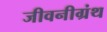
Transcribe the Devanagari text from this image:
जीवनीग्रंथ